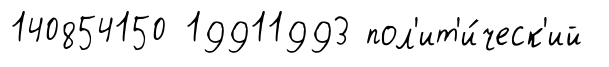
140854150 19911993 пол'ит'и́ческ'ий